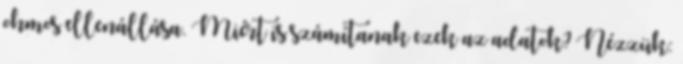
ohmos ellenállása. Miért is számítanak ezek az adatok? Nézzük: